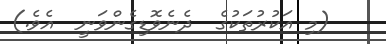
(މި އަކުރުތަކުގެ  ދެނެވޮޑިގެންވަނީ  އެވެ.)